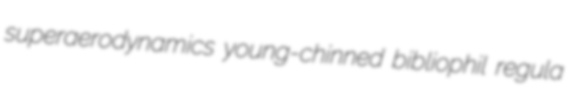
superaerodynamics young-chinned bibliophil regula